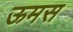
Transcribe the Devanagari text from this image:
ऊमस